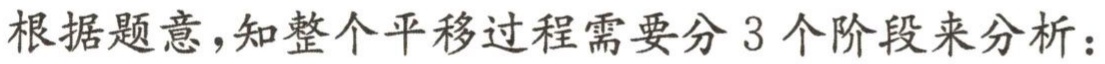
根据题意，知整个平移过程需要分 3 个阶段来分析：